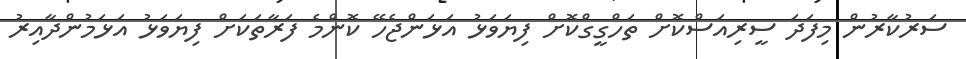
ސަރުކާރުން މިފަދަ ސީރިއަސްކޮށް ތަހްގީގްކޮށް ފިޔަވަޅު އަޅަންޖެހޭ ކޮންމެ ފަރާތަކަށް ފިޔަވަޅު އަޅަމުންދާއިރު